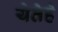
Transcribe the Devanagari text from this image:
येतेहे